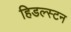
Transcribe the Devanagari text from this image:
हिडल्स्टन